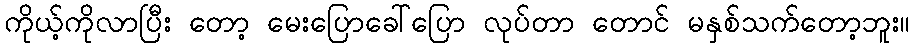
ကိုယ့်ကိုလာပြီး တော့ မေးပြောခေါ်ပြော လုပ်တာ တောင် မနှစ်သက်တော့ဘူး။